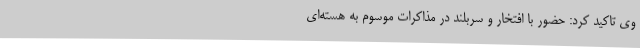
وی تاکید کرد: حضور با افتخار و سربلند در مذاکرات موسوم به هسته‌ای